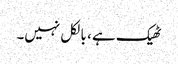
ٹھیک ہے ، بالکل نہیں۔